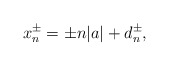
\begin{align*}x_{n}^{\pm} = \pm n|a| + d_n^{\pm}, \end{align*}